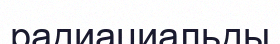
радиациальды